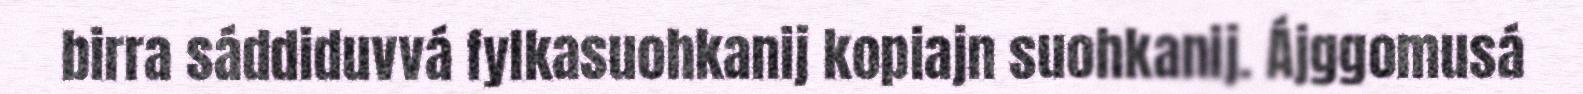
birra sáddiduvvá fylkasuohkanij kopiajn suohkanij. Ájggomusá